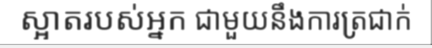
ស្អាតរបស់អ្នក ជាមួយនឹងការត្រជាក់